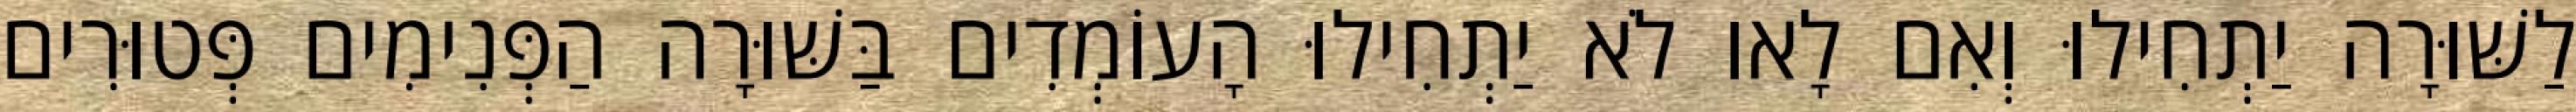
לַשּׁוּרָה יַתְחִילוּ וְאִם לָאו לֹא יַתְחִילוּ הָעוֹמְדִים בַּשּׁוּרָה הַפְּנִימִים פְּטוּרִים